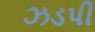
ઝડપી